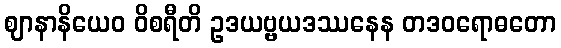
ဈာနာနိယေဝ ဝိစရီတိ ဥဒယဗ္ဗယဒဿနေန တဒဝရောဓတော